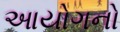
આયોગનો